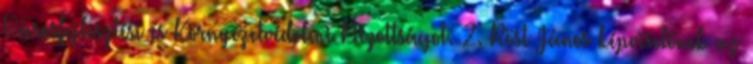
Városfejlesztési és Környezetvédelmi Bizottságot. 2. Röst János képviselőnek az